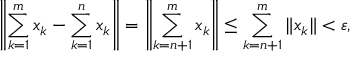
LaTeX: \left\| \sum _ { k = 1 } ^ { m } x _ { k } - \sum _ { k = 1 } ^ { n } x _ { k } \right\| = \left\| \sum _ { k = n + 1 } ^ { m } x _ { k } \right\| \leq \sum _ { k = n + 1 } ^ { m } \| x _ { k } \| < \varepsilon ,